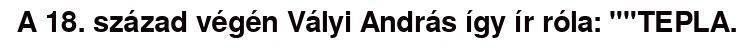
A 18. század végén Vályi András így ír róla: ""TEPLA.